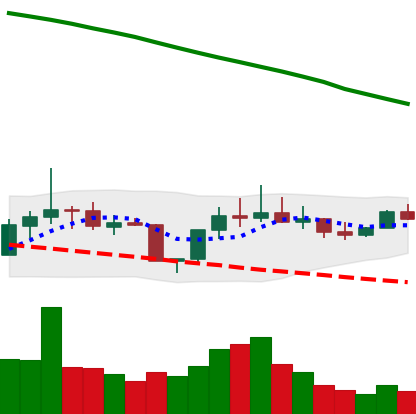
Ticker: DOGE-USD
Chart end date: 2022-08-06
Forward return: 3.285%
Label: up_3_5